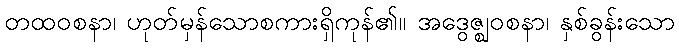
တထဝစနာ၊ ဟုတ်မှန်သောစကားရှိကုန်၏။ အဒွေဇ္ဈဝစနာ၊ နှစ်ခွန်းသော